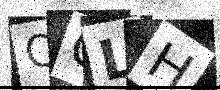
Text: QOLH